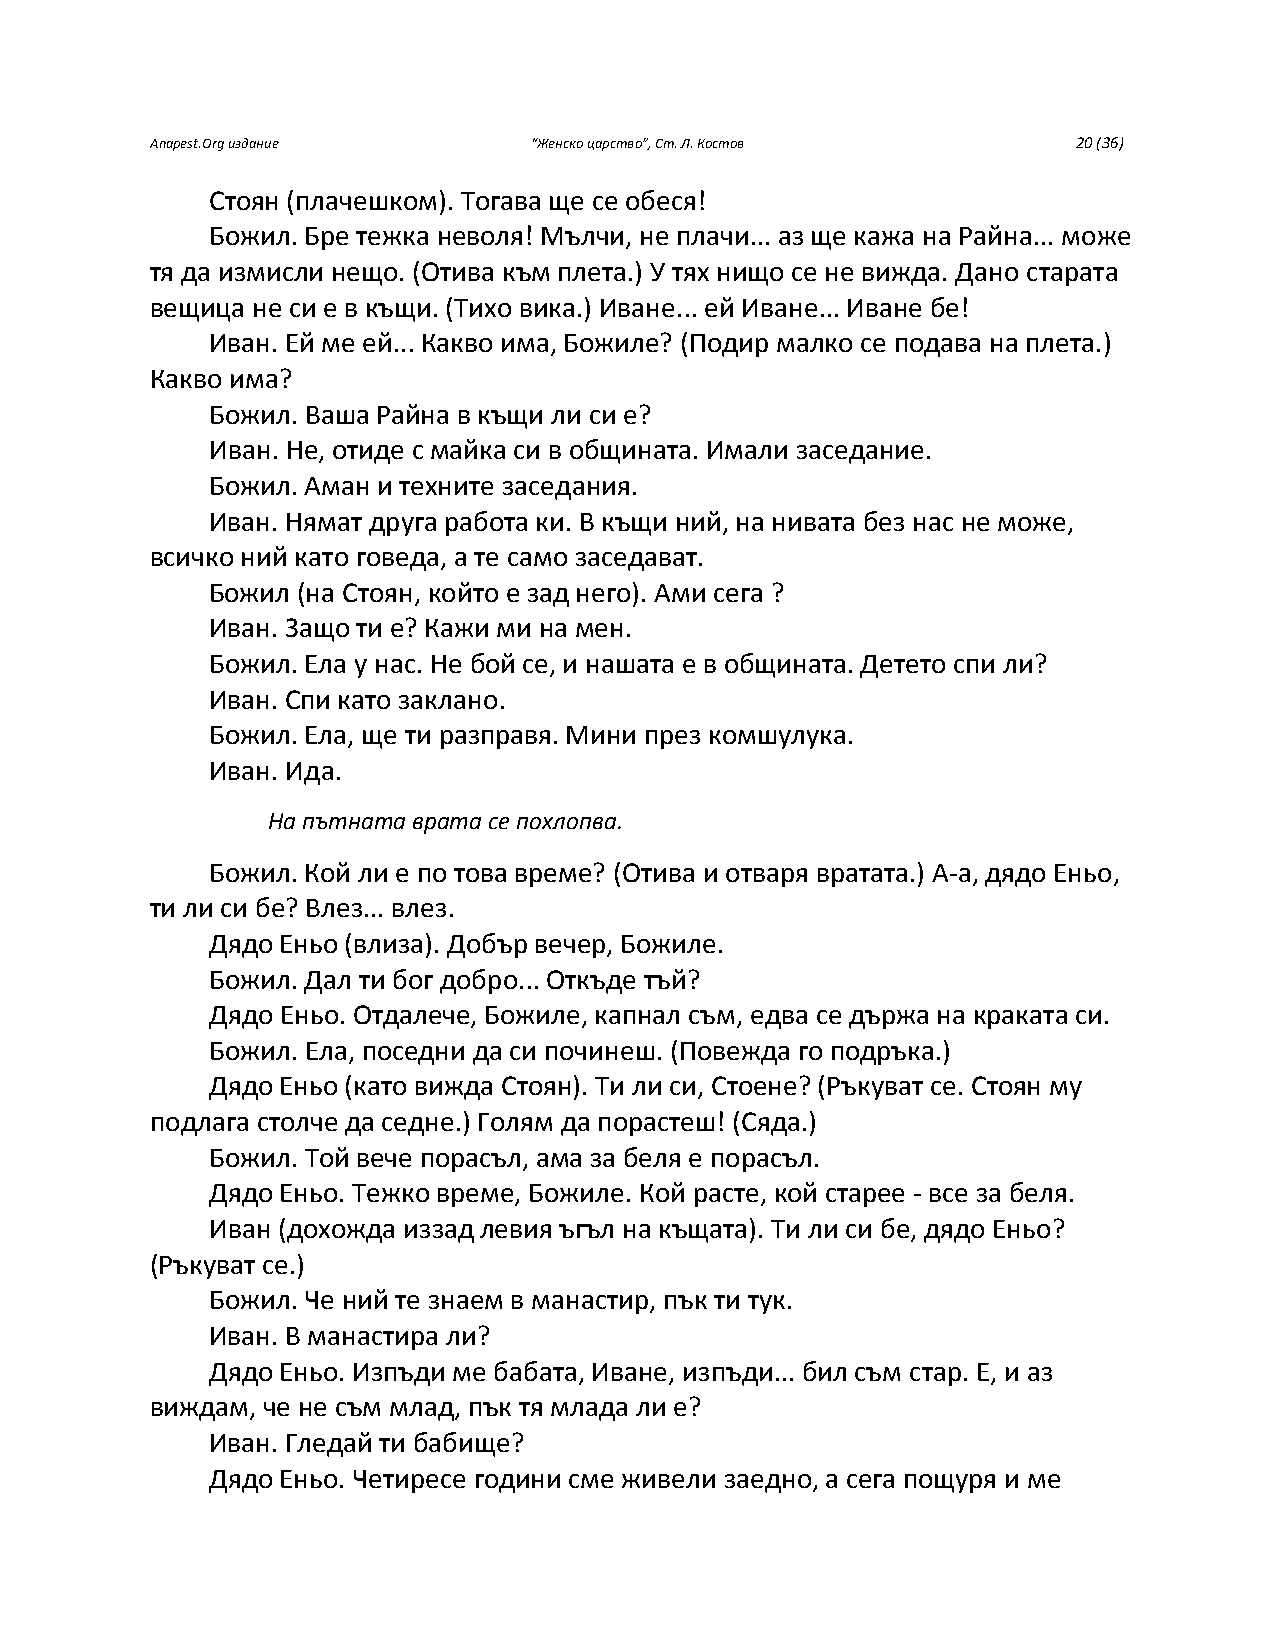
Anapest.Org издание      “Женско царство”, Ст. Л. Костов     20 (36)
 Стоян (плачешком). Тогава ще се обеся!
 Божил. Бре тежка неволя! Мълчи, не плачи... аз ще кажа на Райна... може
 тя да измисли нещо. (Отива към плета.) У тях нищо се не вижда. Дано старата
 вещица не си е в къщи. (Тихо вика.) Иване... ей Иване... Иване бе!
 Иван. Ей ме ей... Какво има, Божиле? (Подир малко се подава на плета.)
 Какво има?
 Божил. Ваша Райна в къщи ли си е?
 Иван. Не, отиде с майка си в общината. Имали заседание.
 Божил. Аман и техните заседания.
 Иван. Нямат друга работа ки. В къщи ний, на нивата без нас не може,
 всичко ний като говеда, а те само заседават.
 Божил (на Стоян, който е зад него). Ами сега ?
 Иван. Защо ти е? Кажи ми на мен.
 Божил. Ела у нас. Не бой се, и нашата е в общината. Детето спи ли?
 Иван. Спи като заклано.
 Божил. Ела, ще ти разправя. Мини през комшулука.
 Иван. Ида.
 На пътната врата се похлопва.
 Божил. Кой ли е по това време? (Отива и отваря вратата.) А-а, дядо Еньо,
 ти ли си бе? Влез... влез.
 Дядо Еньо (влиза). Добър вечер, Божиле.
 Божил. Дал ти бог добро... Откъде тъй?
 Дядо Еньо. Отдалече, Божиле, капнал съм, едва се държа на краката си.
 Божил. Ела, поседни да си починеш. (Повежда го подръка.)
 Дядо Еньо (като вижда Стоян). Ти ли си, Стоене? (Ръкуват се. Стоян му
 подлага столче да седне.) Голям да порастеш! (Сяда.)
 Божил. Той вече порасъл, ама за беля е порасъл.
 Дядо Еньо. Тежко време, Божиле. Кой расте, кой старее - все за беля.
 Иван (дохожда иззад левия ъгъл на къщата). Ти ли си бе, дядо Еньо?
 (Ръкуват се.)
 Божил. Че ний те знаем в манастир, пък ти тук.
 Иван. В манастира ли?
 Дядо Еньо. Изпъди ме бабата, Иване, изпъди... бил съм стар. Е, и аз
 виждам, че не съм млад, пък тя млада ли е?
 Иван. Гледай ти бабище?
 Дядо Еньо. Четиресе години сме живели заедно, а сега пощуря и ме